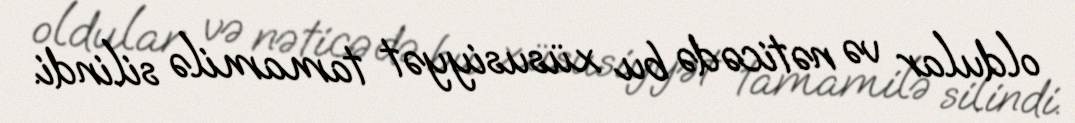
oldular və nəticədə bu xüsusiyyət tamamilə silindi.